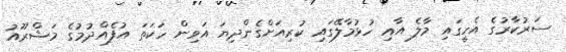
ސަރުކާރުގެ އެހީގައި މާލެ އާއި ހުޅުމާލޭގައި ކުރިއަށްގެންދިޔަ އަވިން ހަކަތަ އުފެއްދުމުގެ މަޝްރޫއު